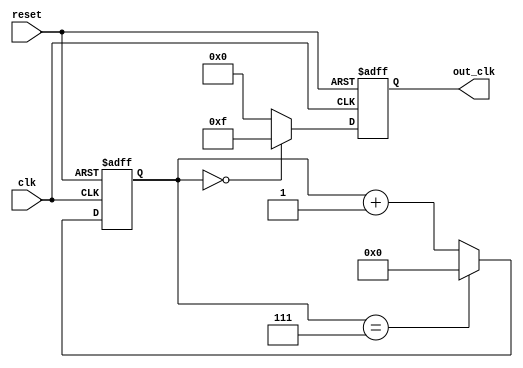
module multi_phase_clock_divider (
  input clk,
  input reset,
  output reg [n-1:0] out_clk
);

parameter n = 4;  // Number of phases

reg [31:0] counter;

always @(posedge clk or negedge reset) begin
  if (!reset)
    counter <= 32'd0;
  else begin
    if (counter == ({n} * 2) - 1)
      counter <= 32'd0;
    else
      counter <= counter + 1;
  end
end

always @(posedge clk or negedge reset) begin
  if (!reset)
    out_clk <= {n{1'b0}};
  else begin
    if (counter == 0)
      out_clk <= {n{1'b1}};
    else
      out_clk <= {n{1'b0}};
  end
end

endmodule